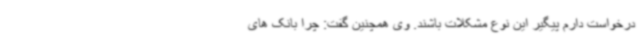
درخواست دارم پیگیر این نوع مشکلات باشند. وی همچنین گفت: چرا بانک های